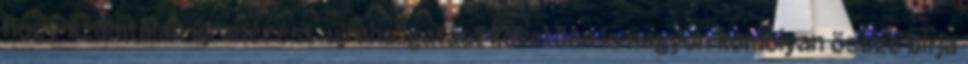
hogy számtalan újranézést újrahallgatást követően is nagyon komolyan össze bírja